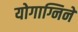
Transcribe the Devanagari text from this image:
योगाग्निने